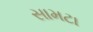
સામટા